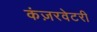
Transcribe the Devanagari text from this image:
कंज़रवेटरी